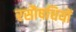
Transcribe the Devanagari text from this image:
रसौषधियों